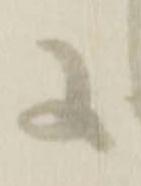
に